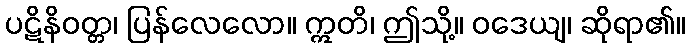
ပဋိနိဝတ္တ၊ ပြန်လေလော။ ဣတိ၊ ဤသို့။ ဝဒေယျ၊ ဆိုရာ၏။